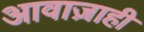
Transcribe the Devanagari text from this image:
आवाज़ाही